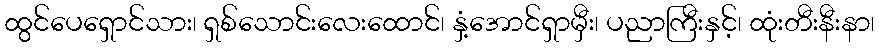
ထွင်ပေရှောင်သား၊ ရှစ်သောင်းလေးထောင်၊ နှံ့အောင်ရှာမှီး၊ ပညာကြီးနှင့်၊ ထုံးတီးနီးနာ၊